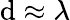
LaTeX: \mathrm{d}\approx\lambda